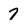
Character: 7